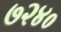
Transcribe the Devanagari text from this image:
७२४०